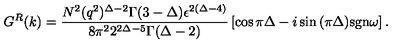
G ^ { R } ( k ) = { \frac { N ^ { 2 } ( q ^ { 2 } ) ^ { \Delta - 2 } \Gamma ( 3 - \Delta ) \epsilon ^ { 2 ( \Delta - 4 ) } } { 8 \pi ^ { 2 } 2 ^ { 2 \Delta - 5 } \Gamma ( \Delta - 2 ) } } \left[ \cos { \pi \Delta } - i \sin { ( \pi \Delta ) } \mathrm { s g n } \omega \right] .